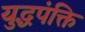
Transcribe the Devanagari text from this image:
युद्धपंक्ति